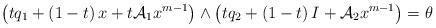
LaTeX: \begin{align*}\left(tq_{1}+\left(1-t\right)x+t\mathcal{A}_{1}x^{m-1}\right)\wedge\left(tq_{2}+\left(1-t\right)I+\mathcal{A}_{2} x^{m-1}\right)=\theta\end{align*}